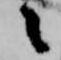
々